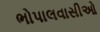
ભોપાલવાસીઓ